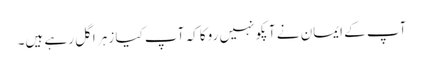
آپ کے ایمان نے آپکو نہیں روکا کہ آپ کیا زہر اگل رہے ہیں۔